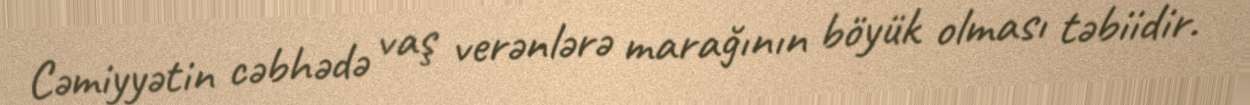
Cəmiyyətin cəbhədə vaş verənlərə marağının böyük olması təbiidir.